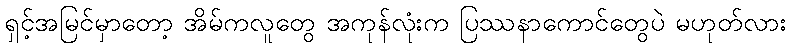
ရှင့်အမြင်မှာတော့ အိမ်ကလူတွေ အကုန်လုံးက ပြဿနာကောင်တွေပဲ မဟုတ်လား